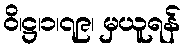
ဝိ၊ဋ္ဌ၊၁၊၇၉၊ မှယူရန်